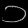
Digit: ၁